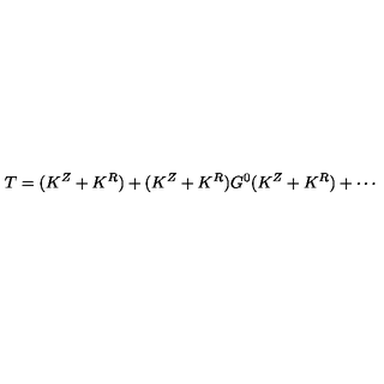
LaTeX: T = ( K ^ { Z } + K ^ { R } ) + ( K ^ { Z } + K ^ { R } ) G ^ { 0 } ( K ^ { Z } + K ^ { R } ) + \cdots